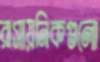
রাসায়নিকগুলো